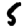
Digit: 5